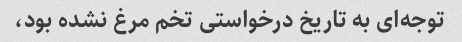
توجه‌ای به تاریخ درخواستی تخم مرغ نشده بود،